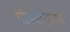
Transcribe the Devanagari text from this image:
पीडऐट्रिक्स